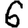
Digit: 6